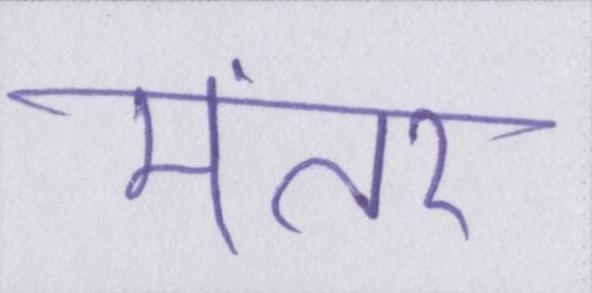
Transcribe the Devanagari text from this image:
मंतर